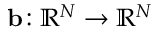
\mathbf { b } \colon \mathbb { R } ^ { N } \to \mathbb { R } ^ { N }